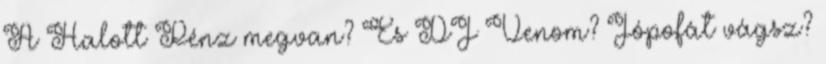
A Halott Pénz megvan? És DJ Venom? Jópofát vágsz?